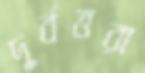
দুর্বত্তরা